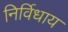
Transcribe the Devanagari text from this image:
निर्विधाय